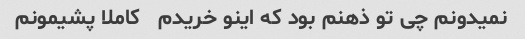
نمیدونم چی تو ذهنم بود که اینو خریدم   کاملا پشیمونم